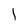
Character: 1